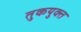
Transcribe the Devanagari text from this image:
तुकयुक्त